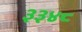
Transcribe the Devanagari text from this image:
३३४८